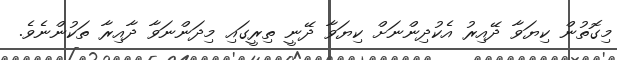
މިގޮތުން ކިޔަވާ ދޭއިރު އެކުދިންނަށް ކިޔަވާ ދޭނީ ތިރީގައި މިދަންނަވާ ދާއިރާ ތަކުންނެވެ.